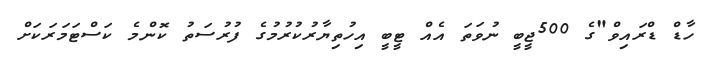
ހާޑް ޑްރައިވް"ގެ 500ޖީބީ ނުވަތަ އެއް ޓީބީ އިހުތިޔާރުކުރުމުގެ ފުރުސަތު ކޮންމެ ކަސްޓަމަރަކަށް